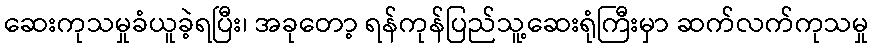
ဆေးကုသမှုခံယူခဲ့ရပြီး၊ အခုတော့ ရန်ကုန်ပြည်သူ့ဆေးရုံကြီးမှာ ဆက်လက်ကုသမှု